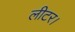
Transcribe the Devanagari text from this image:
लीटर।